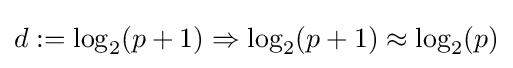
d:=\log _{2}(p+1)\Rightarrow \log _{2}(p+1)\approx \log _{2}(p)